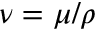
\nu = \mu / \rho